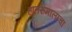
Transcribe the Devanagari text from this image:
हातरुमालाचा